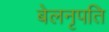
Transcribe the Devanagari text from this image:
बेलनृपति